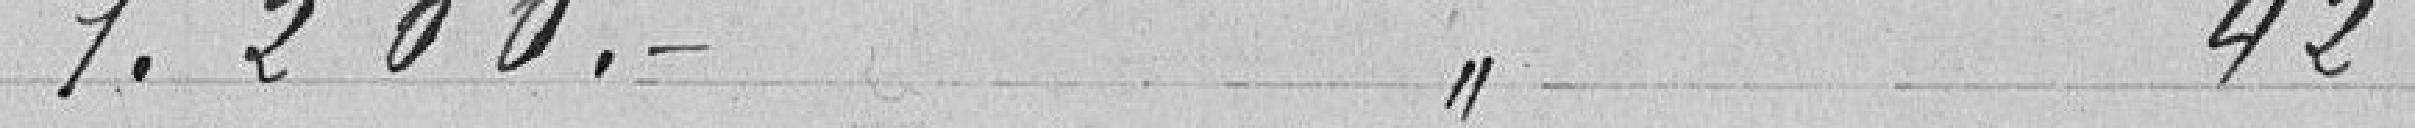
1.200 francs à l'article 42